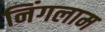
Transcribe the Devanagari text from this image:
निंगलाम